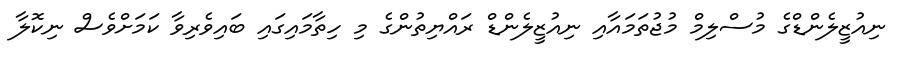
ނިއުޒީލެންޑްގެ މުސްލިމް މުޖުތަމައާއި ނިއުޒީލެންޑް ރައްޔިތުންގެ މި ހިތާމައިގައި ބައިވެރިވާ ކަމަށްވެސް ނިކޮލާ